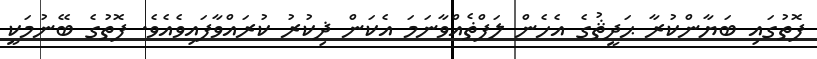
ފޮތުގައި ބަޔާންކުރާ ޙަދީޘުގެ އެހެން ލަފްޡެއްވާނަމަ އެކަން ޛިކުރު ކުރައްވާފައިވެއެވެ. ފޮތުގެ ބޭނުމަކީ